[Report on the health of British troops in the Madras command]
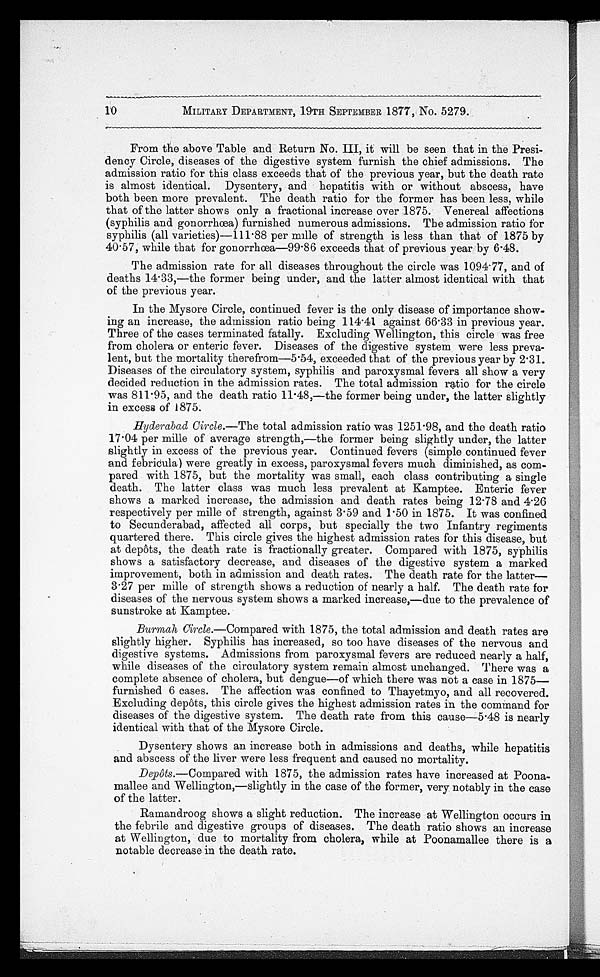
1'0
MILITARY DEPARTMENT, 19TH SEPTEMBER 1877, No. 5279.
From the above Table and Return No. III, it will be seen that in the Presi-
dency Circle, diseases of the digestive system furnish the chief admissions. The
admission ratio for this class exceeds that of the previous year, but the death rate
is almost identical. Dysentery, and hepatitis with or without abscess, have
both been more prevalent. The death ratio for the former has been less, while
that of the latter shows only a fractional increase over 1875. Venereal affections
(syphilis and gonorrhoea) furnished numerous admissions. The admission ratio for
syphilis (all varieties)-11188 per mile of strength is less than that of 1875 by
40 . 57, while that for gonorrhoea-99 . 86 exceeds that of previous year by 6.48.
The admission rate for all diseases throughout the circle was 1094-77, and of
deaths 14-33,—the former being under, and the latter almost identical with that
of the previous year.
In the Mysore Circle, continued fever is the only disease of importance show-
ing an increase, the admission ratio being 114 .41 against 66 . 33 in previous year.
Three of the cases terminated fatally. Excluding Wellington, this circle was free
from cholera or enteric fever. Diseases of the digestive system were less preva-
lent, but the mortality therefrom-5 . 54, exceeded that of the previous year by 2.31.
Diseases of the circulatory system, syphilis and paroxysmal fevers all show a very
decided reduction in the admission rates. The total admission ratio for the circle
was 811 . 95, and the death ratio 11 .48,—the former being under, the latter slightly
in excess of 1875.
Hyderabad Circle.—The total admission ratio was 1251 . 98, and the death ratio
17 . 04 per mile of average strength,—the former being slightly under, the latter
slightly in excess of the previous year. Continued fevers (simple continued fever
and febriCula) were greatly in excess, paroxysmal fevers much diminished, as com-
pared with 1875, but the mortality was small, each class contributing a single
death. The latter class was much less prevalent at Kamptee. Enteric fever
shows a marked increase, the admission and death rates being 12 . 78 and 4.26
respectively per mile of strength, against 3 . 59 and 1 . 50 in 1875. It was confined
to Secunderabad, affected all corps, but specially the two Infantry regiments
quartered there. This circle gives the highest admission rates for this disease, but
at depots, the death rate is fractionally greater. Compared with 1875, syphilis
shows a satisfactory decrease, and diseases of the digestive system a marked
improvement, both in admission and death rates. The death rate for the latter-
3 . 27 per mile of strength shows a reduction of nearly a half. The death rate for
diseases of the nervous system shows a marked increase,—due to the prevalence of
sunstroke at Kamptee.
Burmah Circle.—Compared with 1875, the total admission and death rates are
slightly higher. Syphilis has increased, so too have diseases of the nervous and
digestive systems. Admissions from paroxysmal fevers are reduced nearly a half,
while diseases of the circulatory system remain almost unchanged. There was a
complete absence of cholera, but dengue—of which there was not a case in 1875—
furnished 6 cases. The affection was confined to Thayetmyo, and all recovered.
Excluding depots, this circle gives the highest admission rates in the command for
diseases of the digestive system. The death rate from this cause-5-48 is nearly
identical with that of the Mysore Circle.
Dysentery shows an increase both in admissions and deaths, while hepatitis
and abscess of the liver were less frequent and caused no mortality.
Depots.—Compared with 1875, the admission rates have increased at Poona-
malice and Wellington,—slightly in the case of the former, very notably in the case
of the latter.
Ramandroog shows a slight reduction. The increase at Wellington occurs in
the febrile and digestive groups of diseases. The death ratio shows an increase
at Wellington, due to mortality from cholera, while at Poonamallee there is a
notable decrease in the death rate.